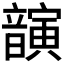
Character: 𫖚